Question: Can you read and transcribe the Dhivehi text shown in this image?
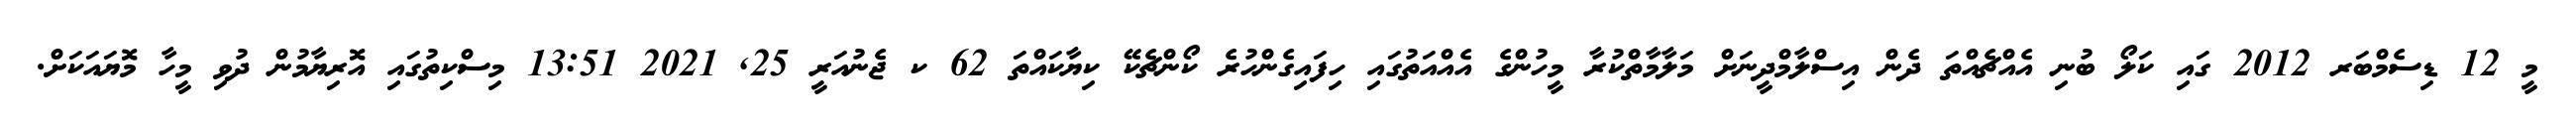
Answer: މީ 12 ޑިސެމްބަރ 2012 ގައި ކަލޯ ބުނި އެއްޗެއްތަ ދެން އިސްލާމްދީނަށް މަލާމާތްކުރާ މީހުންގެ އެއްއަތުގައި ހިފައިގެންހުރެ ކޯންޗެކޭ ކިޔާކައްތަ 62 ކ ޖެނުއަރީ 25, 2021 13:51 މިސްކިތުގައި އޮރިޔާމުން ދުވި މީހާ މޮޔައަކަށް.